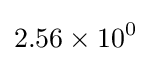
2.56\times 10^{0}